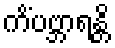
ကိံပဗ္ဘာရန္တိ